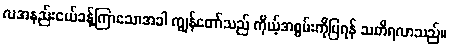
လအနည်းငယ်ခန့်ကြာသောအခါ ကျွန်တော်သည် ကိုယ့်အစွမ်းကိုပြရန် သတိရလာသည်။